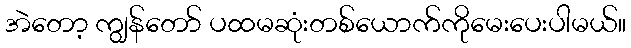
အဲတော့ ကျွန်တော် ပထမဆုံးတစ်ယောက်ကိုမေးပေးပါမယ်။